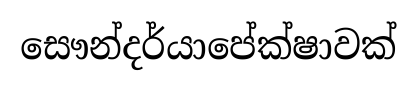
සෞන්දර්යාපේක්ෂාවක්